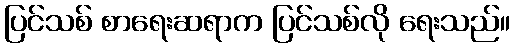
ပြင်သစ် စာရေးဆရာက ပြင်သစ်လို ရေးသည်။